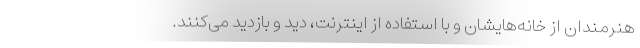
هنرمندان از خانه‌هایشان و با استفاده از اینترنت، دید و بازدید می‌کنند.